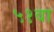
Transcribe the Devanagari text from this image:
५१वा